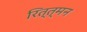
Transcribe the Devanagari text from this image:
रित्त्मन